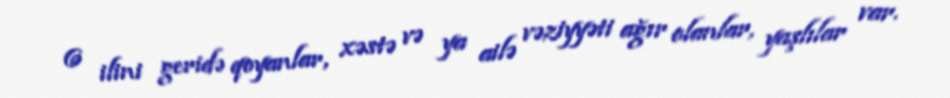
6 ilini geridə qoyanlar, xəstə və ya ailə vəziyyəti ağır olanlar, yaşlılar var.